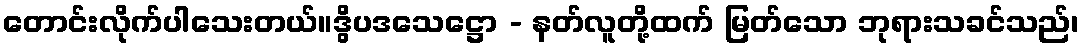
တောင်းလိုက်ပါသေးတယ်။ဒွိပဒသေဋ္ဌော - နတ်လူတို့ထက် မြတ်သော ဘုရားသခင်သည်၊